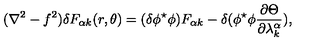
( \nabla ^ { 2 } - f ^ { 2 } ) \delta F _ { \alpha k } ( r , \theta ) = ( \delta \phi ^ { \star } \phi ) F _ { \alpha k } - \delta ( \phi ^ { \star } \phi \frac { \partial \Theta } { \partial \lambda _ { k } ^ { \alpha } } ) ,